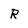
Character: R